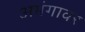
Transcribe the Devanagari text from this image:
अभंगावर